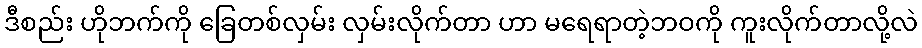
ဒီစည်း ဟိုဘက်ကို ခြေတစ်လှမ်း လှမ်းလိုက်တာ ဟာ မရေရာတဲ့ဘဝကို ကူးလိုက်တာလို့လဲ